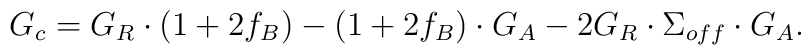
G_c = G_R \cdot ( 1 + 2 f_B) - ( 1 + 2 f_B) \cdot G_A - 2 G_R \cdot \Sigma_{off} \cdot G_A .